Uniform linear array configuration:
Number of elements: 12
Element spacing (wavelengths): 1
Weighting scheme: binomial
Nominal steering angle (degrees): -30
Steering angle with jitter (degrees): -30.0
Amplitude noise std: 0.05
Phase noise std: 0.05

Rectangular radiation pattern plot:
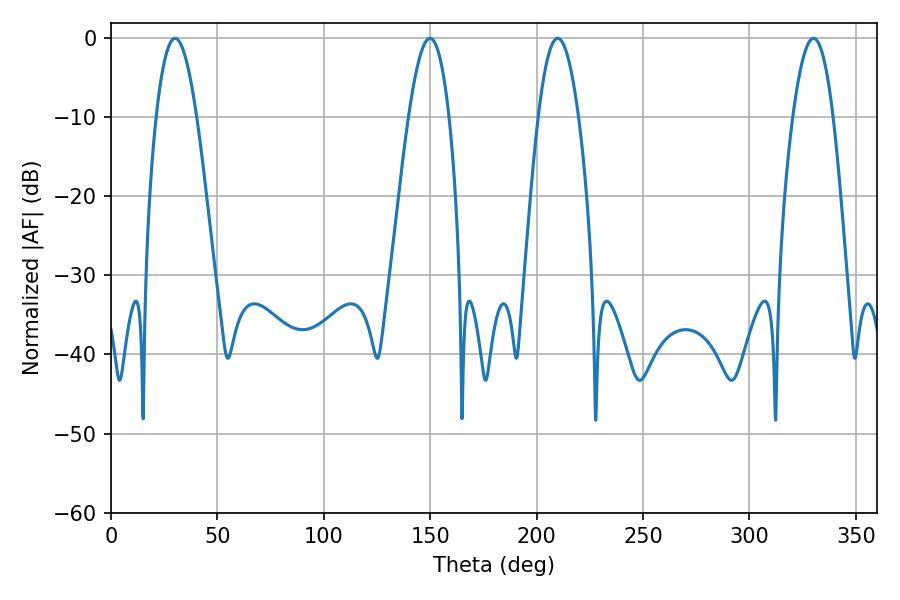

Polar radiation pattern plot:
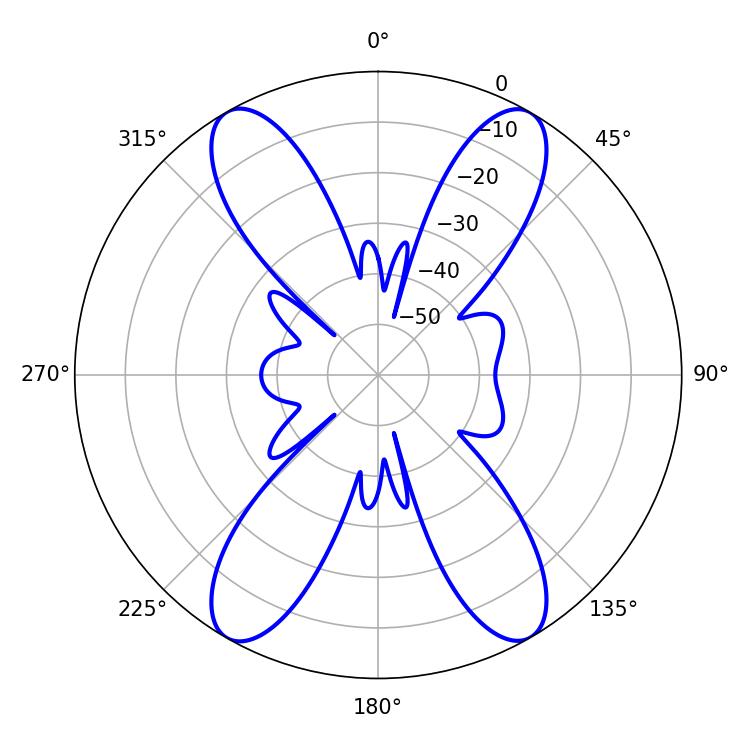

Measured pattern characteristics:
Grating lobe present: TRUE
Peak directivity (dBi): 27.357
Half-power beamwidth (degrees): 10.26
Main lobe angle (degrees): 330.12